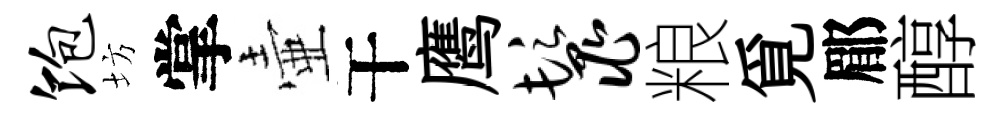
饱坊掌壷干鹰鬣粮覓郿醇